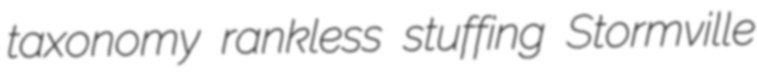
taxonomy rankless stuffing Stormville